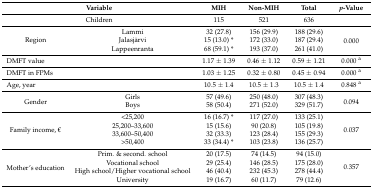
| <COLSPAN=2> Variable | MIH | Non-MIH | Total | p-Value |
 | --- | --- | --- | --- | --- | --- |
 | <COLSPAN=2> Children | 115 | 521 | 636 |  |
 | <ROWSPAN=3> Region | Lammi | 32 (27.8) | 156 (29.9) | 188 (29.6) | <ROWSPAN=3> 0.000 |
 | Jalasjärvi | 15 (13.0) * | 172 (33.0) | 187 (29.4) |
 | Lappeenranta | 68 (59.1) * | 193 (37.0) | 261 (41.0) |
 | <COLSPAN=2> DMFT value | 1.17 ± 1.39 | 0.46 ± 1.12 | 0.59 ± 1.21 | 0.000 a |
 | <COLSPAN=2> DMFT in FPMs | 1.03 ± 1.25 | 0.32 ± 0.80 | 0.45 ± 0.94 | 0.000 a |
 | <COLSPAN=2> Age, year | 10.5 ± 1.4 | 10.5 ± 1.3 | 10.5 ± 1.4 | 0.848 a |
 | <ROWSPAN=2> Gender | Girls | 57 (49.6) | 250 (48.0) | 307 (48.3) | <ROWSPAN=2> 0.094 |
 | Boys | 58 (50.4) | 271 (52.0) | 329 (51.7) |
 | <ROWSPAN=4> Family income, € | <25,200 | 16 (16.7) * | 117 (27.0) | 133 (25.1) | <ROWSPAN=4> 0.037 |
 | 25,200–33,600 | 15 (15.6) | 90 (20.8) | 105 (19.8) |
 | 33,600–50,400 | 32 (33.3) | 123 (28.4) | 155 (29.3) |
 | >50,400 | 33 (34.4) * | 103 (23.8) | 136 (25.7) |
 | <ROWSPAN=4> Mother’s education | Prim. & second. school | 20 (17.5) | 74 (14.5) | 94 (15.0) | <ROWSPAN=4> 0.357 |
 | Vocational school | 29 (25.4) | 146 (28.5) | 175 (28.0) |
 | High school/Higher vocational school | 46 (40.4) | 232 (45.3) | 278 (44.4) |
 | University | 19 (16.7) | 60 (11.7) | 79 (12.6) |